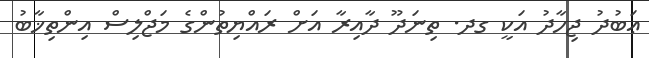
ޢަބުދު ޖިހާދު އަކީ ގދ. ތިނަދޫ ދާއިރާ އަށް ރައްޔިތުންގެ މަޖްލިސް އިންތިޚާބު